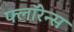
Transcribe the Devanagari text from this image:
फ्लाॅरेन्स